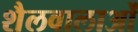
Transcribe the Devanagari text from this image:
शैलवालाओं